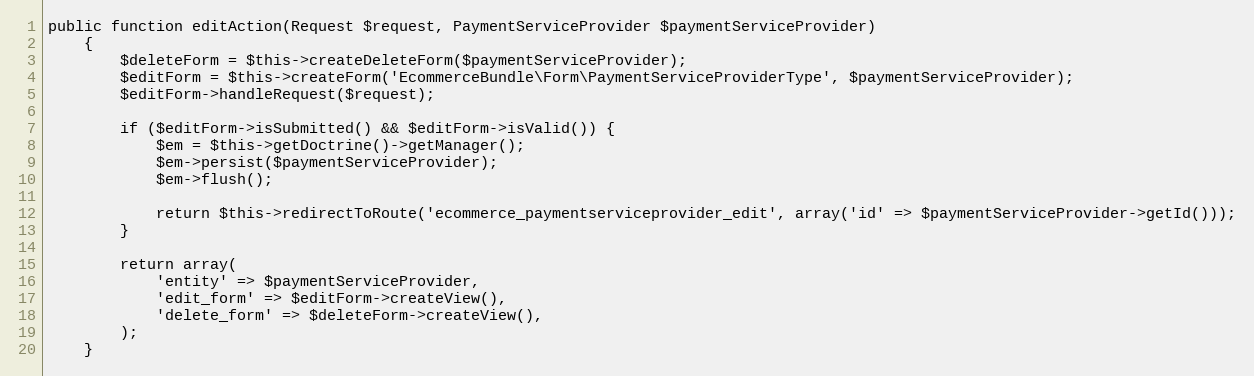
Language: PHP
public function editAction(Request $request, PaymentServiceProvider $paymentServiceProvider)
    {
        $deleteForm = $this->createDeleteForm($paymentServiceProvider);
        $editForm = $this->createForm('EcommerceBundle\Form\PaymentServiceProviderType', $paymentServiceProvider);
        $editForm->handleRequest($request);

        if ($editForm->isSubmitted() && $editForm->isValid()) {
            $em = $this->getDoctrine()->getManager();
            $em->persist($paymentServiceProvider);
            $em->flush();

            return $this->redirectToRoute('ecommerce_paymentserviceprovider_edit', array('id' => $paymentServiceProvider->getId()));
        }

        return array(
            'entity' => $paymentServiceProvider,
            'edit_form' => $editForm->createView(),
            'delete_form' => $deleteForm->createView(),
        );
    }